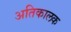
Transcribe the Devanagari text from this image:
अतिकालक